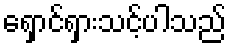
ရှောင်ရှားသင့်ပါသည်